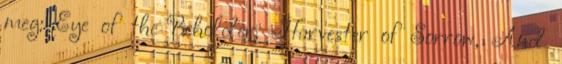
meg: Eye of the Beholder, Harvester of Sorrow, And